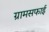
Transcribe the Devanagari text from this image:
ग्रामसफाई